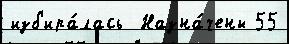
изб'ира́лась  Назна́чены 55